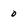
Character: 0